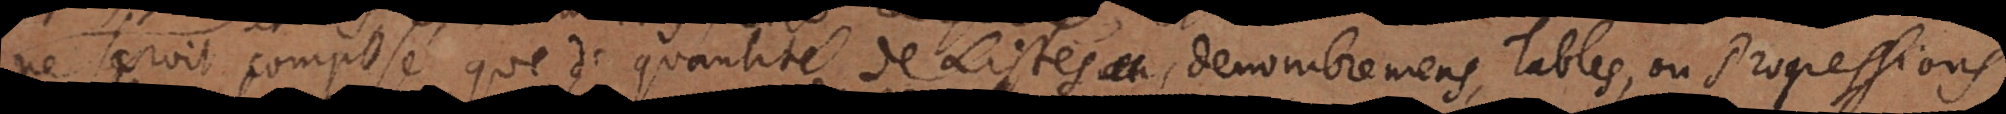
ne seroit composé que de quantité de Listes, denombremens, Tables, ou Progressions